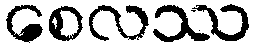
စေလဿ